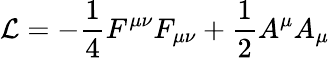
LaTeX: {\cal{L}}=-\frac{1}{4}F^{\mu\nu}F_{\mu\nu}+\frac{1}{2}A^{\mu}A_{\mu}